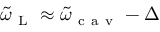
\tilde { \omega } _ { \mathrm { ~ L ~ } } \approx \tilde { \omega } _ { \mathrm { ~ c ~ a ~ v ~ } } - \Delta